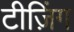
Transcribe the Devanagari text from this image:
टीज़िंग